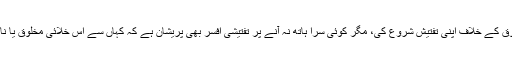
نیب نے اس خلائی مخلوق کے خلاف اپنی تفتیش شروع کی، مگر کوئی سرا ہاتھ نہ آنے پر تفتیشی افسر بھی پریشان ہے کہ کہاں سے اس خلائی مخلوق یا نامعلوم افراد کو ڈھونڈے۔